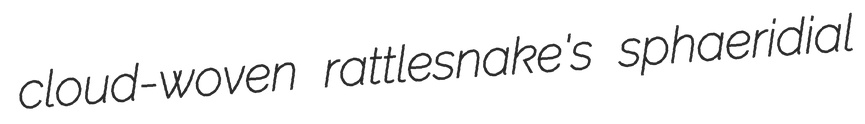
cloud-woven rattlesnake's sphaeridial